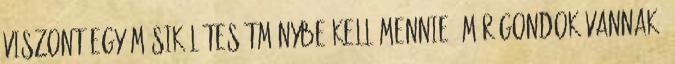
viszont egy másik létesítménybe kell mennie, már gondok vannak.